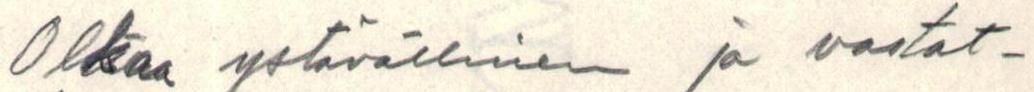
Olkaa ystävällinen ja vastat-